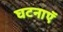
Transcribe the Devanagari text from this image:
घटनाएॅ